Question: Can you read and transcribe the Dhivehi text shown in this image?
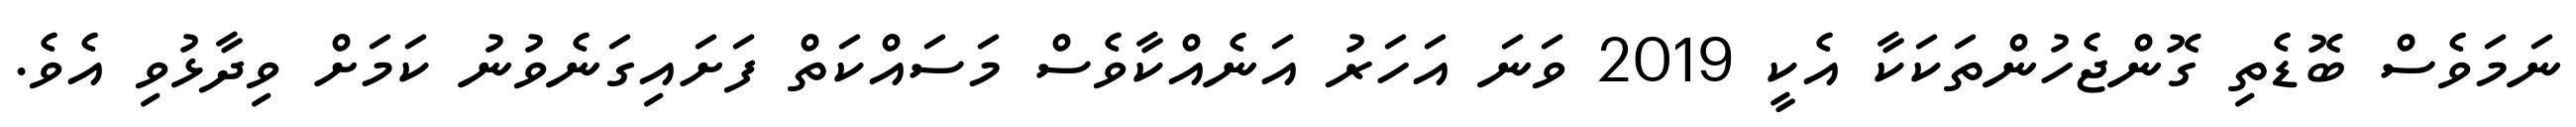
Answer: ނަމަވެސް ބޮޑެތި ގޮންޖެހުންތަކަކާ އެކީ 2019 ވަނަ އަހަރު އަނެއްކާވެސް މަސައްކަތް ފަށައިގަނެވުނު ކަމަށް ވިދާޅުވި އެވެ.